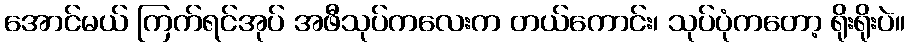
အောင်မယ် ကြက်ရင်အုပ် အဖီသုပ်ကလေးက တယ်ကောင်း၊ သုပ်ပုံကတော့ ရိုးရိုးပဲ။